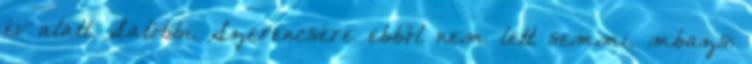
év alatt. Satöbbi. Szerencsére ebből nem lett semmi. mbazs: